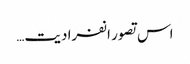
اس تصور انفرادیت…